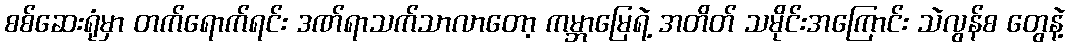
စစ်ဆေးရုံမှာ တက်ရောက်ရင်း ဒဏ်ရာသက်သာလာတော့ ကမ္ဘာမြေရဲ့ အတိတ် သမိုင်းအကြောင်း သဲလွန်စ တွေနဲ့